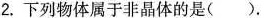
2.下列物体属于非晶体的是( ).